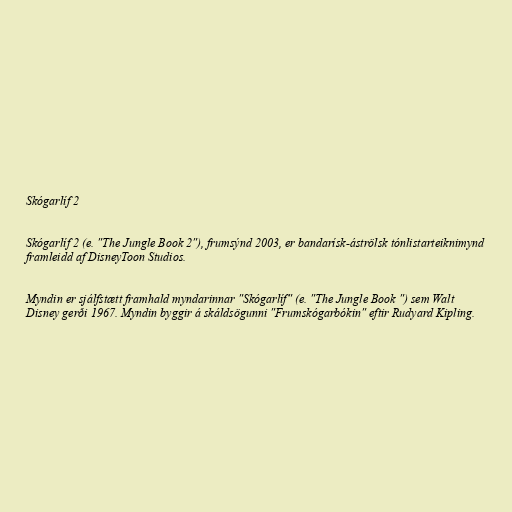
Skógarlíf 2

Skógarlíf 2 (e. "The Jungle Book 2"), frumsýnd 2003, er bandarísk-áströlsk tónlistarteiknimynd
framleidd af DisneyToon Studios.

Myndin er sjálfstætt framhald myndarinnar "Skógarlíf" (e. "The Jungle Book ") sem Walt
Disney gerði 1967. Myndin byggir á skáldsögunni "Frumskógarbókin" eftir Rudyard Kipling.